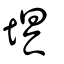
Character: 埧